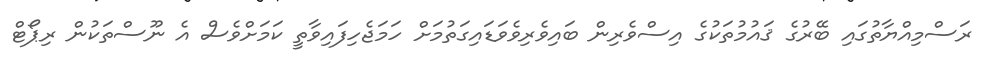
ރަސްމިއްޔާތުގައި ބޭރުގެ ޤައުމުތަކުގެ އިސްވެރިން ބައިވެރިވެވަޑައިގަތުމަށް ހަމަޖެހިފައިވާތީ ކަމަށްވެސް އެ ނޫސްތަކުން ރިޕޯޓް